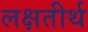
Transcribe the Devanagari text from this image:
लक्षतीर्थ